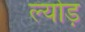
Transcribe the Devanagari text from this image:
ल्योड़